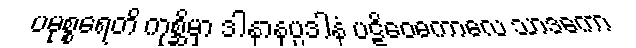
ပမုစ္စရေတိ ကုစ္ဆိမှာ ဒါနာနုပ္ပဒါနံ ပဋိဝေဓကာလေ သာဒကော